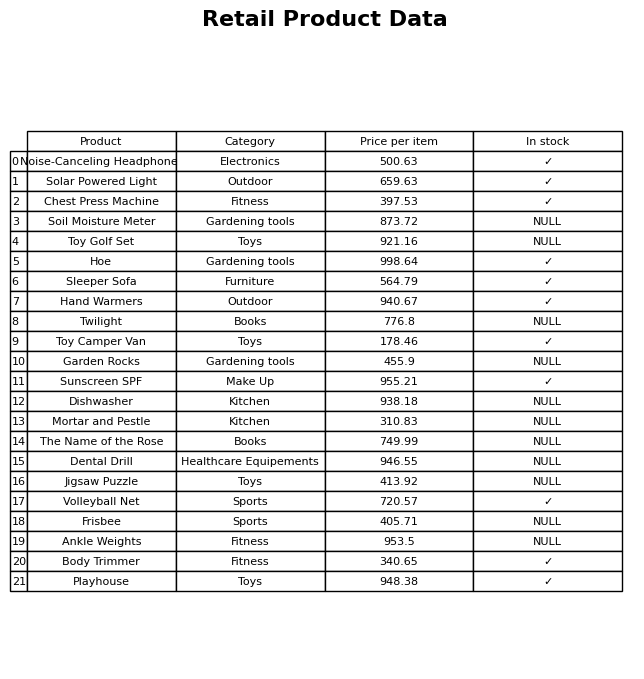
question: Which products are currently out of stock?
answer: Soil Moisture Meter, Toy Golf Set, Twilight, Garden Rocks, Dishwasher, Mortar and Pestle, The Name of the Rose, Dental Drill, Jigsaw Puzzle, Frisbee, Ankle Weights